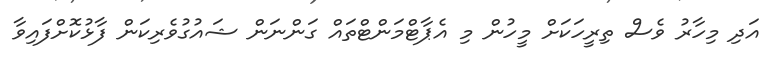
އަދި މިހާރު ވެސް ތިރީހަކަށް މީހުން މި އެޕާޓްމަންޓްތައް ގަންނަން ޝައުގުވެރިކަން ފާޅުކޮށްފައިވާ